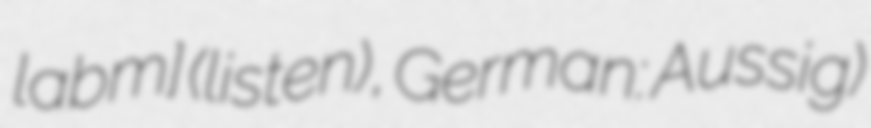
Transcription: labɛm] (listen), German: Aussig)